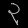
Digit: ၃